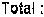
TOTAL: